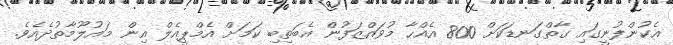
އެކުންފުނީގައި ގާތްގަނޑަކަށް 800 އެއްހާ މުވައްޒަފުން އެބަތިބި ކަމަށް އެމްޕީއެލް އިން މައުލޫމާތުދެއެވެ.